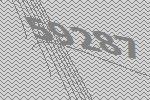
59287